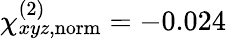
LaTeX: \chi_{xyz,\mathrm{norm}}^{(2)}=-0.024